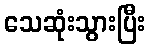
သေဆုံးသွားပြီး